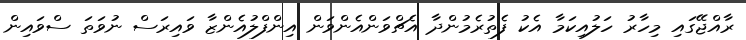
ރާއްޖޭގައި މިހާރު ހަލުއިކަމާ އެކު ފެތުރެމުންދާ އެޗްވަންއެންވަން އިންފްލުއެންޒާ ވައިރަސް ނުވަތަ ސްވައިން